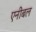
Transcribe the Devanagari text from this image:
एनीबल